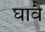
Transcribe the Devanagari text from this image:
घावै